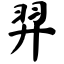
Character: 羿